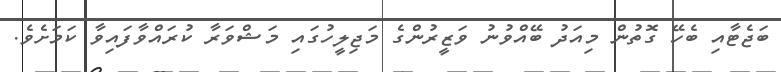
ބަޖެޓާއި ބެހޭ ގޮތުން މިއަދު ބޭއްވުނު ވަޒީރުންގެ މަޖިލީހުގައި މަޝްވަރާ ކުރައްވާފައިވާ ކަމަށެވެ.